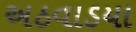
અઠવાડયા